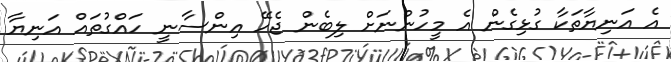
އެ އަނިޔާތަކާ ގުޅިގެން އެ މީހުންނަށް ލިބެން ޖެހޭ އިންސާނީ ހައްގުތައް އަނިޔާ